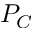
P _ { C }